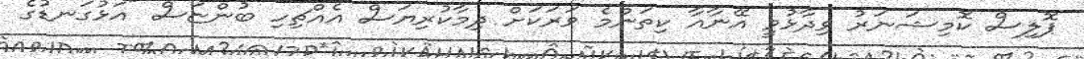
ޕޮލިސް ކޮމިޝަނަރު ވިދާޅުވީ އޭނާއާ ކިތަންމެ ވަރަކަށް ދިމާކުރިޔަސް އެއްޗިހި ބުންޏަސް "އަޅުގަނޑުގެ